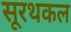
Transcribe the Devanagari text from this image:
सूरथकल